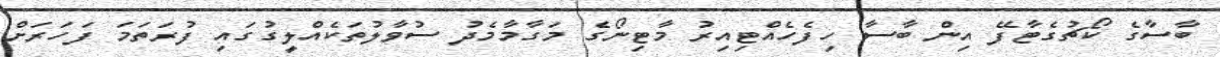
ބާސާގެ ކޯޗުގެޓާފޭ އިން ބާސާ ހިފެހެއްޓިއިރު މާޓިނޯގެ މަގާމާމެދު ސުވާލުތަކެއްލީގުގައި ފުރަތަމަ ފަހަރަށް